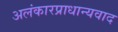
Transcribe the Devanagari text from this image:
अलंकारप्राधान्यवाद